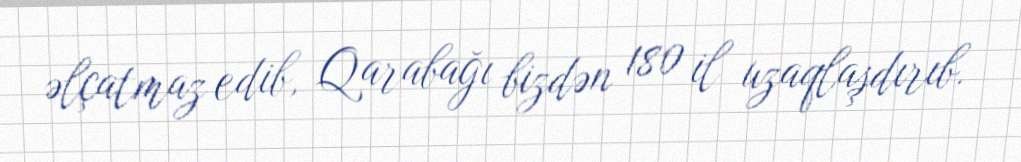
əlçatmaz edib, Qarabağı bizdən 180 il uzaqlaşdırıb.